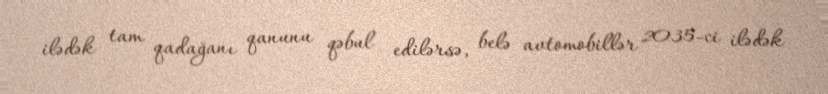
ilədək tam qadağanı qanunu qəbul edilərsə, belə avtomobillər 2035-ci ilədək